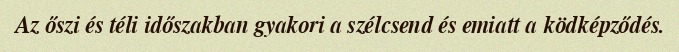
Az őszi és téli időszakban gyakori a szélcsend és emiatt a ködképződés.